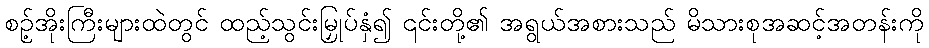
စဥ့်အိုးကြီးများထဲတွင် ထည့်သွင်းမြှုပ်နှံ၍ ၎င်းတို့၏ အရွယ်အစားသည် မိသားစုအဆင့်အတန်းကို